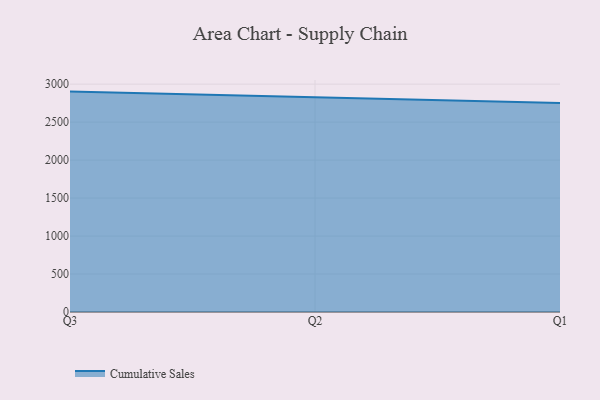
{"axis": {"x": "Quarter", "y": "Production Output"}, "legend": ["Cumulative Sales"], "data": [{"x": "Q3", "y": 2901.9, "type": "Cumulative Sales"}, {"x": "Q2", "y": 2824.4, "type": "Cumulative Sales"}, {"x": "Q1", "y": 2751.1, "type": "Cumulative Sales"}]}